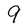
Character: 9